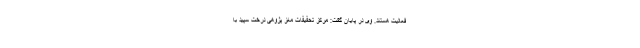
فعالیت هستند. وی در پایان گفت: مرکز تحقيقات مغز پژوهی درخت سپید با